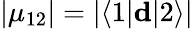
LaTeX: |\mu_{12}|=|\langle 1|\mathbf{d}|2\rangle|